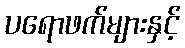
ပရောဖက်များနှင့်